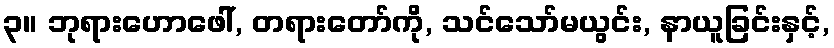
၃။ ဘုရားဟောဖေါ်, တရားတော်ကို, သင်သော်မယွင်း, နာယူခြင်းနှင့်,